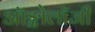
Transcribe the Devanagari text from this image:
ऑङ्कोलॉजी